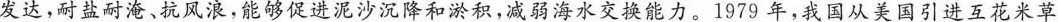
发达，耐盐耐淹、抗风浪，能够促进泥沙沉降和淤积，减弱海水交换能力。1979年，我国从美国引进互花米草